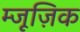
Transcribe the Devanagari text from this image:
म्जूज़िक